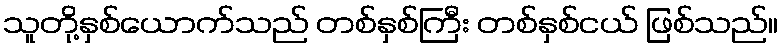
သူတို့နှစ်ယောက်သည် တစ်နှစ်ကြီး တစ်နှစ်ငယ် ဖြစ်သည်။